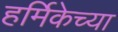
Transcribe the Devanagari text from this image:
हर्मिकेच्या